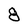
Character: 8